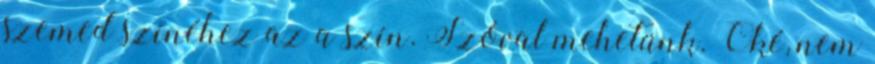
szemed színéhez az a szín. Szóval mehetünk. Oké, nem